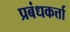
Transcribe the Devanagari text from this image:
प्रबंधकर्त्ता